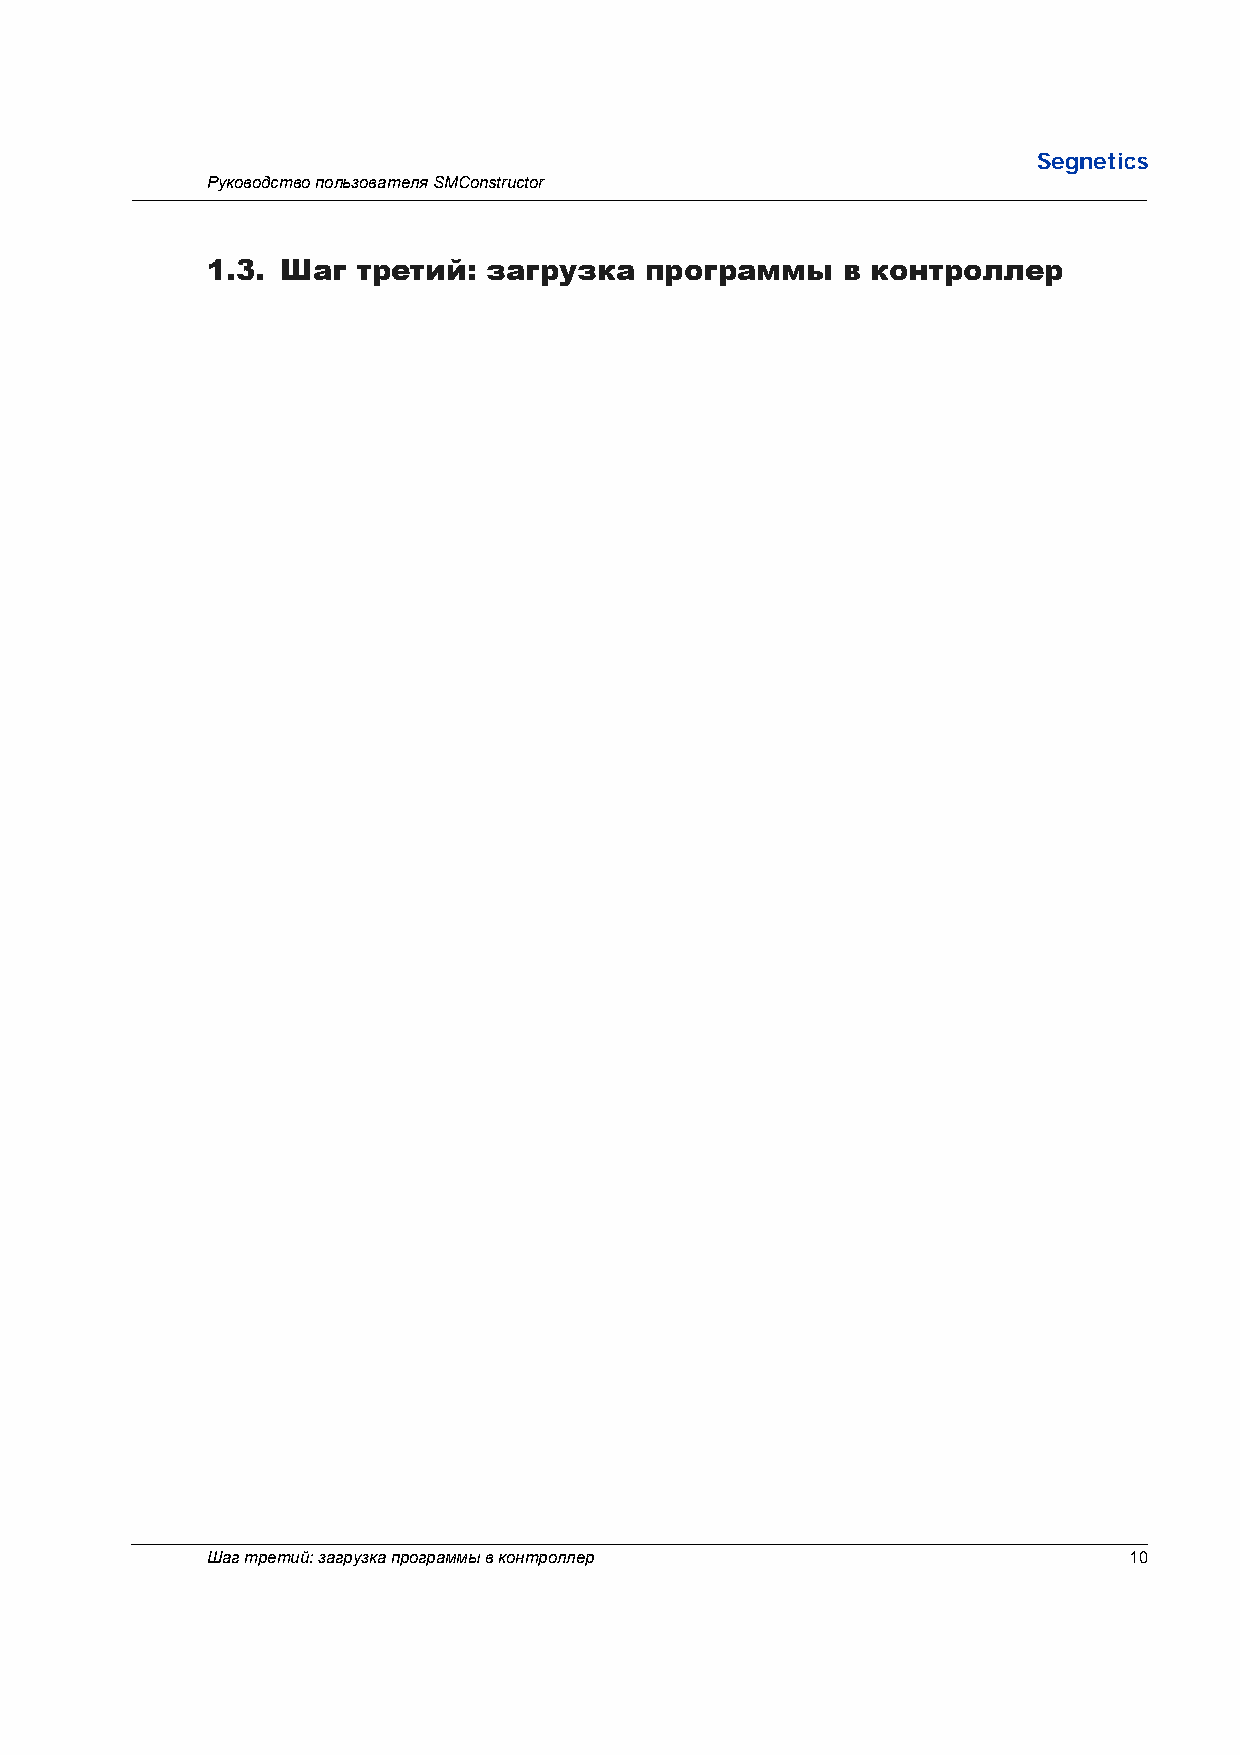
Segnetics
 Руководство пользователя SMConstructor
 1.3. Шаг  третий: загрузка   программы    в контроллер
 Шаг третий: загрузка программы в контроллер                  10